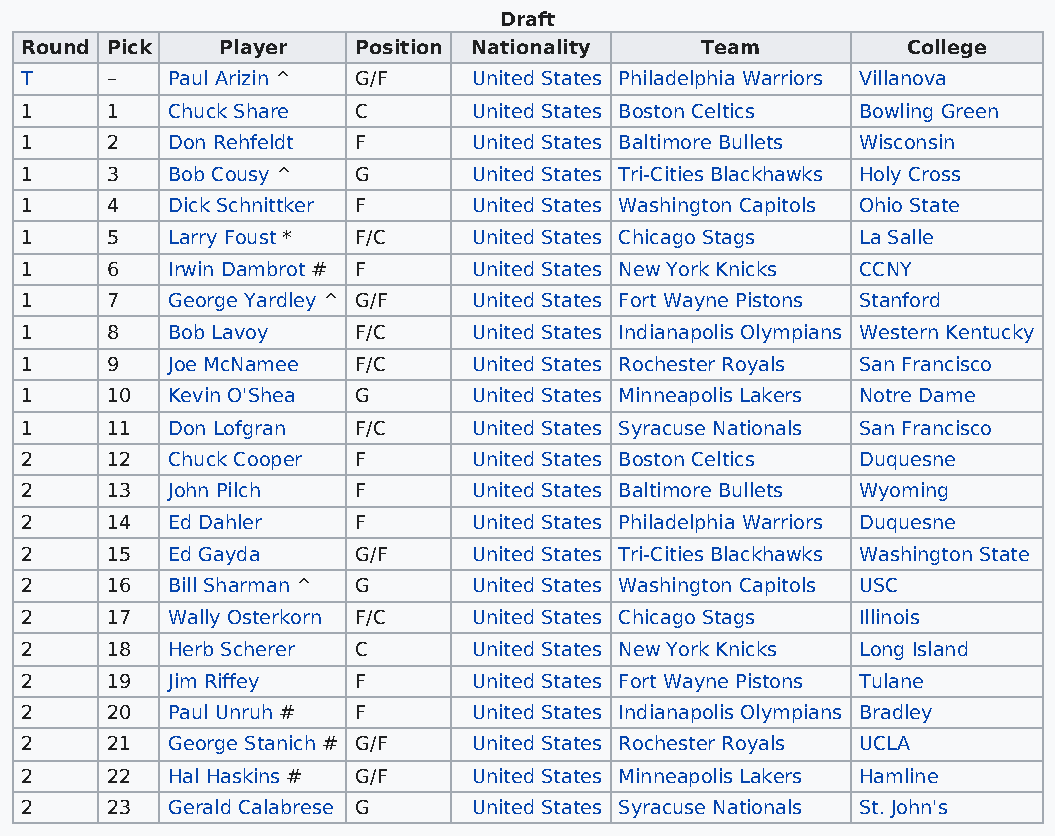
Draft
 Round Pick   Player   Position Nationality   Team          College
 T     –   Paul Arizin ^ G/F   United States Philadelphia Warriors Villanova
 1     1   Chuck Share C       United States Boston Celtics Bowling Green
 1     2   Don Rehfeldt F      United States Baltimore Bullets Wisconsin
 1     3   Bob Cousy ^ G       United States Tri-Cities Blackhawks Holy Cross
 1     4   Dick Schnittker F   United States Washington Capitols Ohio State
 1     5   Larry Foust * F/C   United States Chicago Stags La Salle
 1     6   Irwin Dambrot # F   United States New York Knicks CCNY
 1     7   George Yardley ^ G/F United States Fort Wayne Pistons Stanford
 1     8   Bob Lavoy   F/C     United States Indianapolis Olympians Western Kentucky
 1     9   Joe McNamee F/C     United States Rochester Royals San Francisco
 1     10  Kevin O'Shea G      United States Minneapolis Lakers Notre Dame
 1     11  Don Lofgran F/C     United States Syracuse Nationals San Francisco
 2     12  Chuck Cooper F      United States Boston Celtics Duquesne
 2     13  John Pilch  F       United States Baltimore Bullets Wyoming
 2     14  Ed Dahler   F       United States Philadelphia Warriors Duquesne
 2     15  Ed Gayda    G/F     United States Tri-Cities Blackhawks Washington State
 2     16  Bill Sharman ^ G    United States Washington Capitols USC
 2     17  Wally Osterkorn F/C United States Chicago Stags Illinois
 2     18  Herb Scherer C      United States New York Knicks Long Island
 2     19  Jim Riffey  F       United States Fort Wayne Pistons Tulane
 2     20  Paul Unruh # F      United States Indianapolis Olympians Bradley
 2     21  George Stanich # G/F United States Rochester Royals UCLA
 2     22  Hal Haskins # G/F   United States Minneapolis Lakers Hamline
 2     23  Gerald Calabrese G  United States Syracuse Nationals St. John's